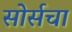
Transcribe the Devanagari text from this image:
सोर्सचा